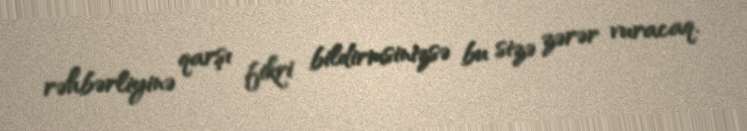
rəhbərliyinə qarşı fikri bildirmsinizsə bu sizə zərər vuracaq.